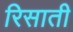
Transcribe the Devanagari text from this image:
रिसाती